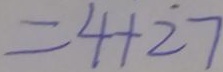
= 4 + 2 7